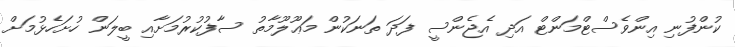
ކުންފުނި އިންވެސްޓްމަންޓް އަދި އެޖެންސީ ފަދަ ތަނަކުން މަޢޫލޫމާތު ސާފުކުރުމަށާއި ބީލަން ހުށަހެޅުމަށް